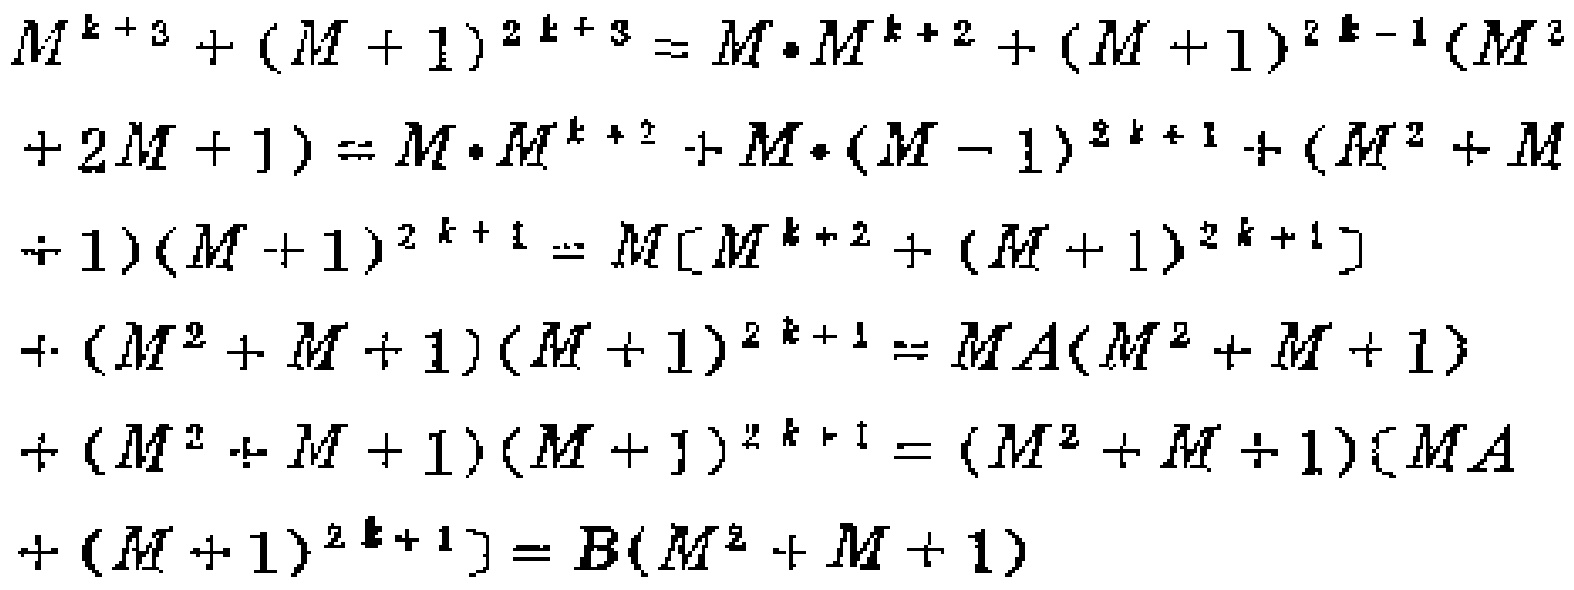
\[

\begin{align*}

M^{k + 3}+(M + 1)^{2k + 3}&=M\cdot M^{k + 2}+(M + 1)^{2k-1}(M^{2}\\

+2M + 1)&=M\cdot M^{k + 2}+M\cdot(M - 1)^{2k + 1}+(M^{2}+M\\

+1)(M + 1)^{2k + 1}&=M[M^{k + 2}+(M + 1)^{2k + 1}]\\

+(M^{2}+M + 1)(M + 1)^{2k + 1}&=MA(M^{2}+M + 1)\\

+(M^{2}+M + 1)(M + 1)^{2k + 1}&=(M^{2}+M + 1)(MA\\

+(M + 1)^{2k + 1}]&=B(M^{2}+M + 1)

\end{align*}

\]